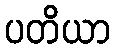
ပတိယာ